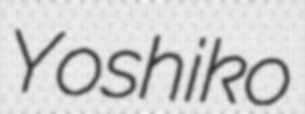
Yoshiko